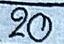
20